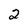
Character: 2